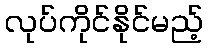
လုပ်ကိုင်နိုင်မည့်